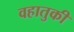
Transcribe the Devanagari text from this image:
वहातुकी